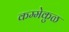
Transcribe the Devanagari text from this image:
कम्मेकुळ